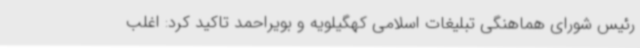
رئیس شورای هماهنگی تبلیغات اسلامی کهگیلویه و بویراحمد تاکید کرد: اغلب